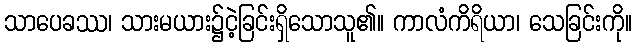
သာပေခဿ၊ သားမယား၌ငဲ့ခြင်းရှိသောသူ၏။ ကာလံကိရိယာ၊ သေခြင်းကို။